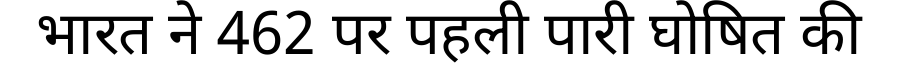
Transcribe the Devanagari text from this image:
भारत ने 462 पर पहली पारी घोषित की